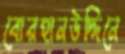
বোরহানউদ্দিনে